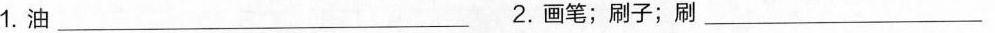
1.油_ 2.画笔；刷子；刷_